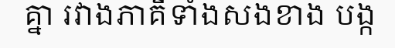
គ្នា រវាងភាគីទាំងសងខាង បង្ក